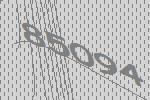
85094